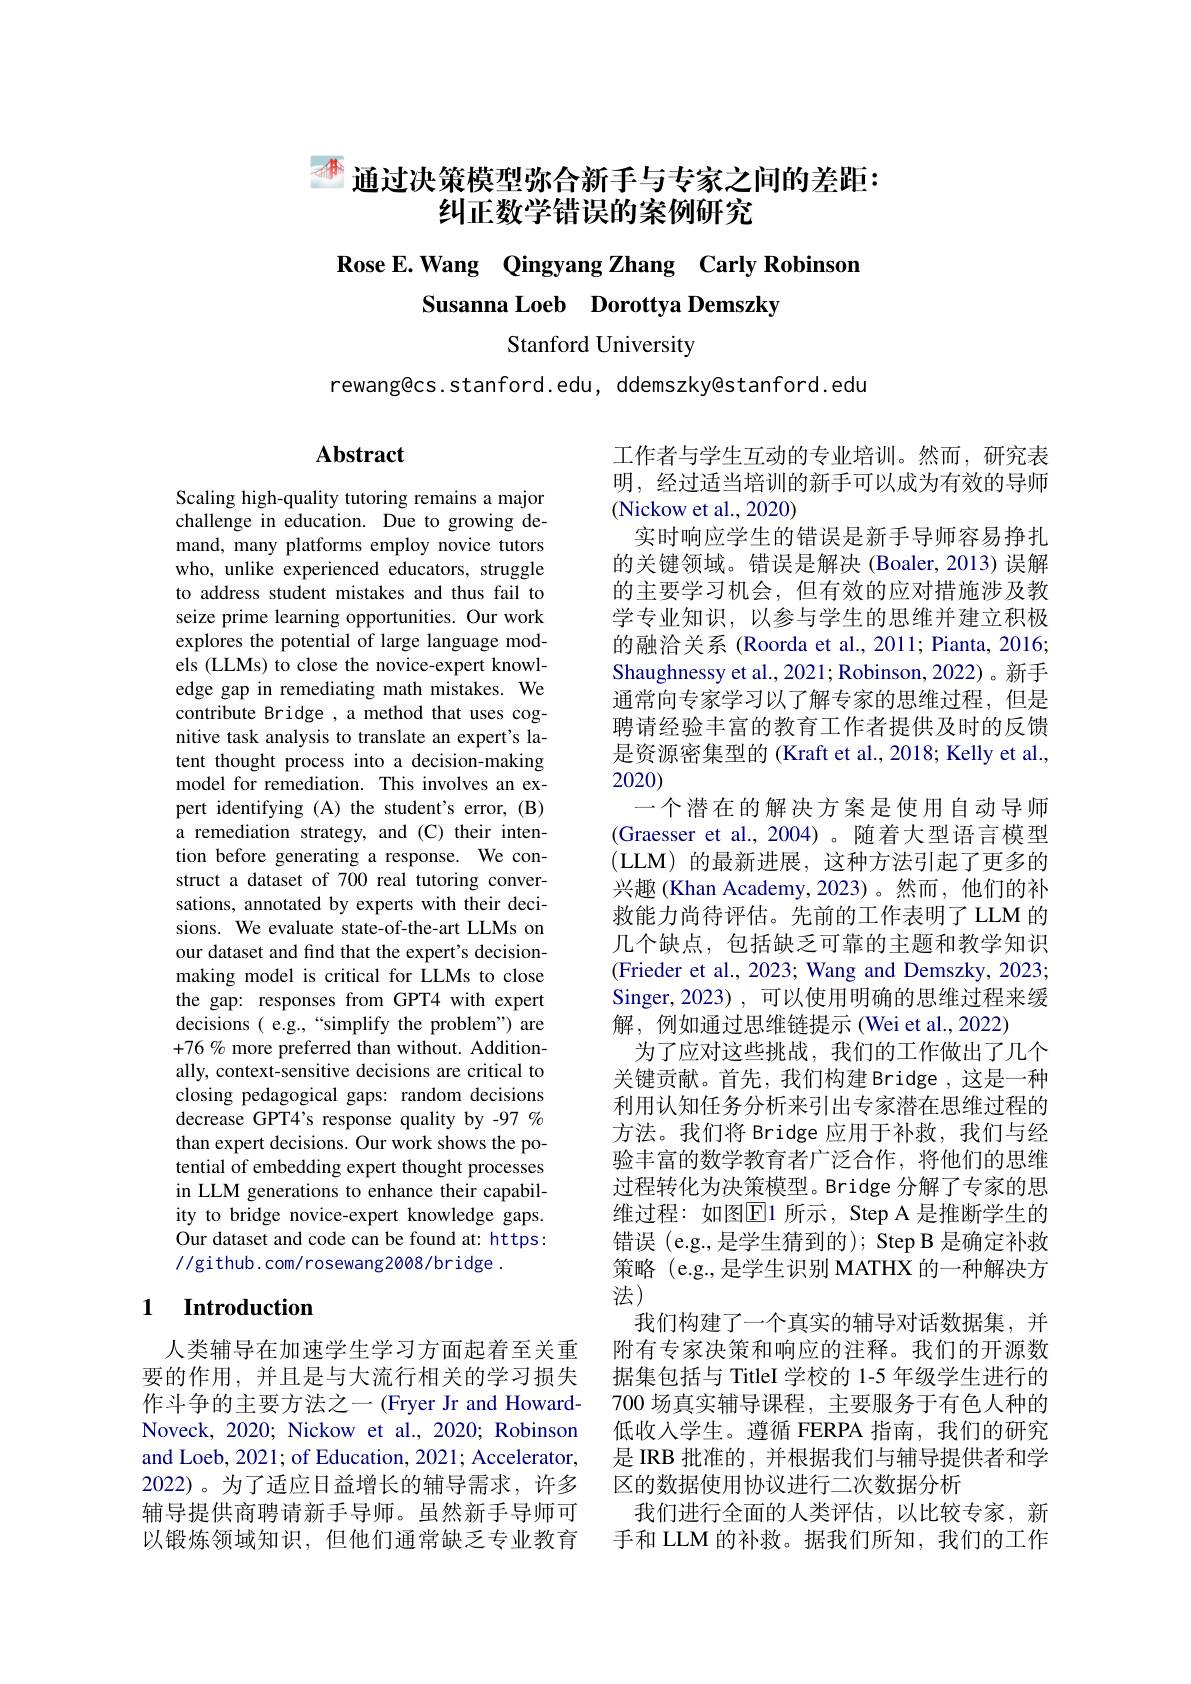
# $d^{\text{解}}$通过决策模型弥合新手与专家之间的差距： 纠正数学错误的案例研究

# Rose E.Wang Qingyang Zhang Carly Robinson Susanna Loeb Dorottya Demszky

Stanford University

rewang@cs.stanford.edu, ddemszky@stanford.edu

## Abstract

Scaling high-quality tutoring remains a major challenge in education. Due to growing demand, many platforms employ novice tutors who, unlike experienced educators, struggle to address student mistakes and thus fail to seize prime learning opportunities. Our work explores the potential of large language models (LLMs) to close the novice-expert knowledge gap in remediating math mistakes. We contribute Bridge , a method that uses cognitive task analysis to translate an expert's latent thought process into a decision-making model for remediation. This involves an expert identifying (A) the student's error, (B) a remediation strategy, and (C) their intention before generating a response. We construct a dataset of 700 real tutoring conversations, annotated by experts with their decisions. We evaluate state-of-the-art LLMs on our dataset and find that the expert's decisionmaking model is critical for LLMs to close the gap: responses from GPT4 with expert decisions ( e.g., “simplify the problem") are $+76\%$ more preferred than without. Additionally, context-sensitive decisions are critical to closing pedagogical gaps: random decisions decrease GPT4's response quality by -97 % than expert decisions. Our work shows the potential of embedding expert thought processes in LLM generations to enhance their capability to bridge novice-expert knowledge gaps. Our dataset and code can be found at: https: //github.com/rosewang2008/bridge .

## 1 Introduction

人类辅导在加速学生学习方面起着至关重要的作用，并且是与大流行相关的学习损失作斗争的主要方法之一 (Fryer Jr and HowardNoveck, 2020; Nickow et al., 2020; Robinson and Loeb, 2021; of Education, 2021; Accelerator, 2022)。为了适应日益增长的辅导需求，许多辅导提供商聘请新手导师。虽然新手导师可以锻炼领域知识，但他们通常缺乏专业教育

工作者与学生互动的专业培训。然而，研究表明，经过适当培训的新手可以成为有效的导师(Nickow et al., 2020)
实时响应学生的错误是新手导师容易挣扎的关键领域。错误是解决(Boaler,2013)误解的主要学习机会，但有效的应对措施涉及教学专业知识，以参与学生的思维并建立积极的融洽关系 (Roorda et al., 2011; Pianta, 2016; Shaughnessy et al., 2021; Robinson, 2022)。新手通常向专家学习以了解专家的思维过程，但是聘请经验丰富的教育工作者提供及时的反馈是资源密集型的 (Kraft et al., 2018; Kelly et al., 2020)
一个潜在的解决方案是使用自动导师(Graesser et al.,2004)。随着大型语言模型(LLM)的最新进展，这种方法引起了更多的兴趣(Khan Academy,2023)。然而，他们的补救能力尚待评估。先前的工作表明了 LLM 的几个缺点，包括缺乏可靠的主题和教学知识(Frieder et al., 2023; Wang and Demszky, 2023; Singer, 2023) , 可以使用明确的思维过程来缓解，例如通过思维链提示(Wei et al., 2022)
为了应对这些挑战，我们的工作做出了几个关键贡献。首先，我们构建 Bridge , 这是一种利用认知任务分析来引出专家潜在思维过程的方法。我们将 Bridge 应用于补救，我们与经验丰富的数学教育者广泛合作，将他们的思维过程转化为决策模型。Bridge 分解了专家的思维过程：如图$\boxed{\mathrm{E}}$1 所示，Step A 是推断学生的错误 (e.g.,是学生猜到的); Step B 是确定补救策略 (e.g.,是学生识别 MATHX 的一种解决方法)
我们构建了一个真实的辅导对话数据集，并附有专家决策和响应的注释。我们的开源数据集包括与 TitleI 学校的 1-5 年级学生进行的700 场真实辅导课程，主要服务于有色人种的低收入学生。遵循 FERPA 指南，我们的研究是 IRB 批准的，并根据我们与辅导提供者和学区的数据使用协议进行二次数据分析
我们进行全面的人类评估，以比较专家，新手和 LLM 的补救。据我们所知，我们的工作